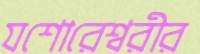
যশোরেশ্বরীর